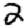
Digit: 2